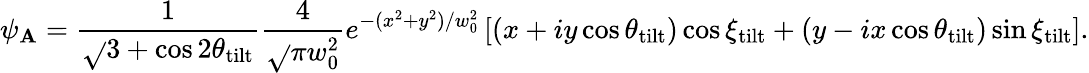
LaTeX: \psi_{\mathbf{A}}=\frac{{1}}{{\sqrt{}{{3+\cos{2\theta_{\mathrm{{tilt}}}}}}}}\frac{{4}}{{\sqrt{}{{\pi}}w_{0}^{2}}}e^{-(x^{2}+y^{2})/w_{0}^{2}}\left[(x+iy\cos{\theta_{\mathrm{{tilt}}}})\cos{\xi_{\mathrm{{tilt}}}}+(y-ix\cos{\theta_{\mathrm{{tilt}}}})\sin{\xi_{\mathrm{{tilt}}}}\right].